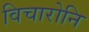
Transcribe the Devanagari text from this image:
विचारोनि